Annual report of the Imperial Bacteriological Laboratory, Muktesar
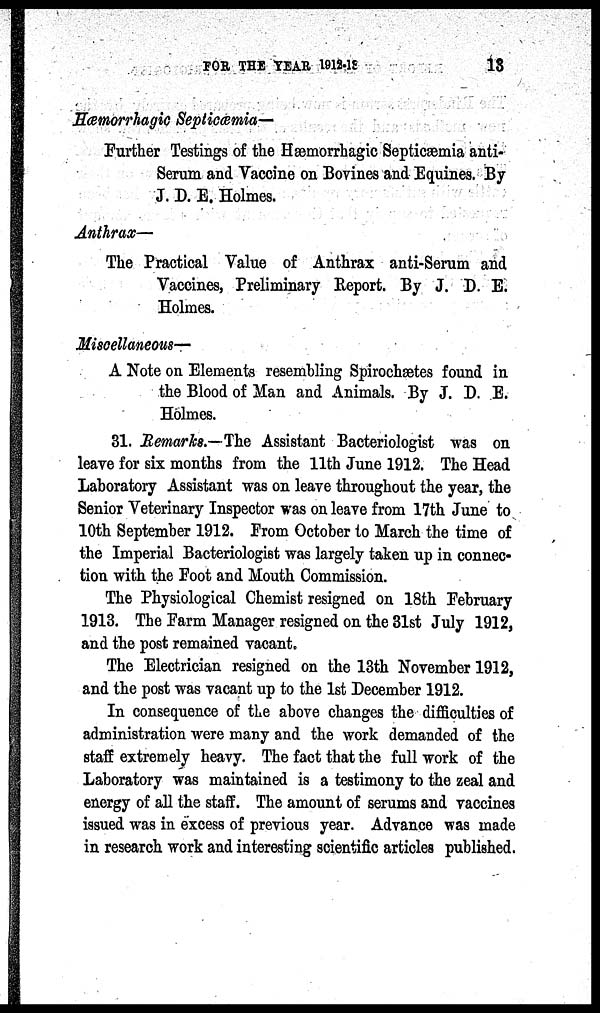
FOR THE YEAR
1912-13
13
Hæmorrhagic Septicæmia—
Further Testings of the Hæmorrhagic Septicæmia anti¬
Serum and Vaccine on Bovines and Equines. By
J. D. E. Holmes.
Anthrax—
The Practical Value of Anthrax anti-Serum and
Vaccines, Preliminary Report. By J. D. E.
Holmes.
Miscellaneous—
A Note on Elements resembling Spirochætes found in
the Blood of Man and Animals. By J. D. E.
Holmes.
31. Remarks.—The Assistant Bacteriologist was on
leave for six months from the 11th June 1912. The Head
Laboratory Assistant was on leave throughout the year, the
Senior Veterinary Inspector was on leave from 17th June to
10th September 1912. From October to March the time of
the Imperial Bacteriologist was largely taken up in connec-
tion with the Foot and Mouth Commission.
The Physiological Chemist resigned on 18th February
1913. The Farm Manager resigned on the 31st July 1912,
and the post remained vacant.
The Electrician resigned on the 13th November 1912,
and the post was vacant up to the 1st December 1912.
In consequence of the above changes the difficulties of
administration were many and the work demanded of the
staff extremely heavy. The fact that the full work of the
Laboratory was maintained is a testimony to the zeal and
energy of all the staff. The amount of serums and vaccines
issued was in excess of previous year. Advance was made
in research work and interesting scientific articles published.